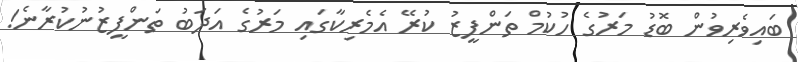
ބައިވެރިވުން ބޮޑު މަރުގެ ހުކުމް ތަންފީޒު ކުރޭ އެމެރިކާގައި މަރުގެ އަދަބު ތަންފީޒުނުކުރާނެ!